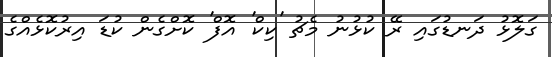
ގަލޮޅު ދަނޑުގައި ރޭ ކުޅުނު މެޗު 'ކިކް' އޮފް' ކޮށްގެން ކުޑަ އިރުކޮޅެއްގެ